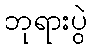
ဘုရားပွဲ